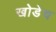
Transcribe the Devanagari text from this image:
खोडेच